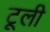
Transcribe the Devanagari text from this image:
टूली